Leningradi_Edasi_toimetus, lk 194
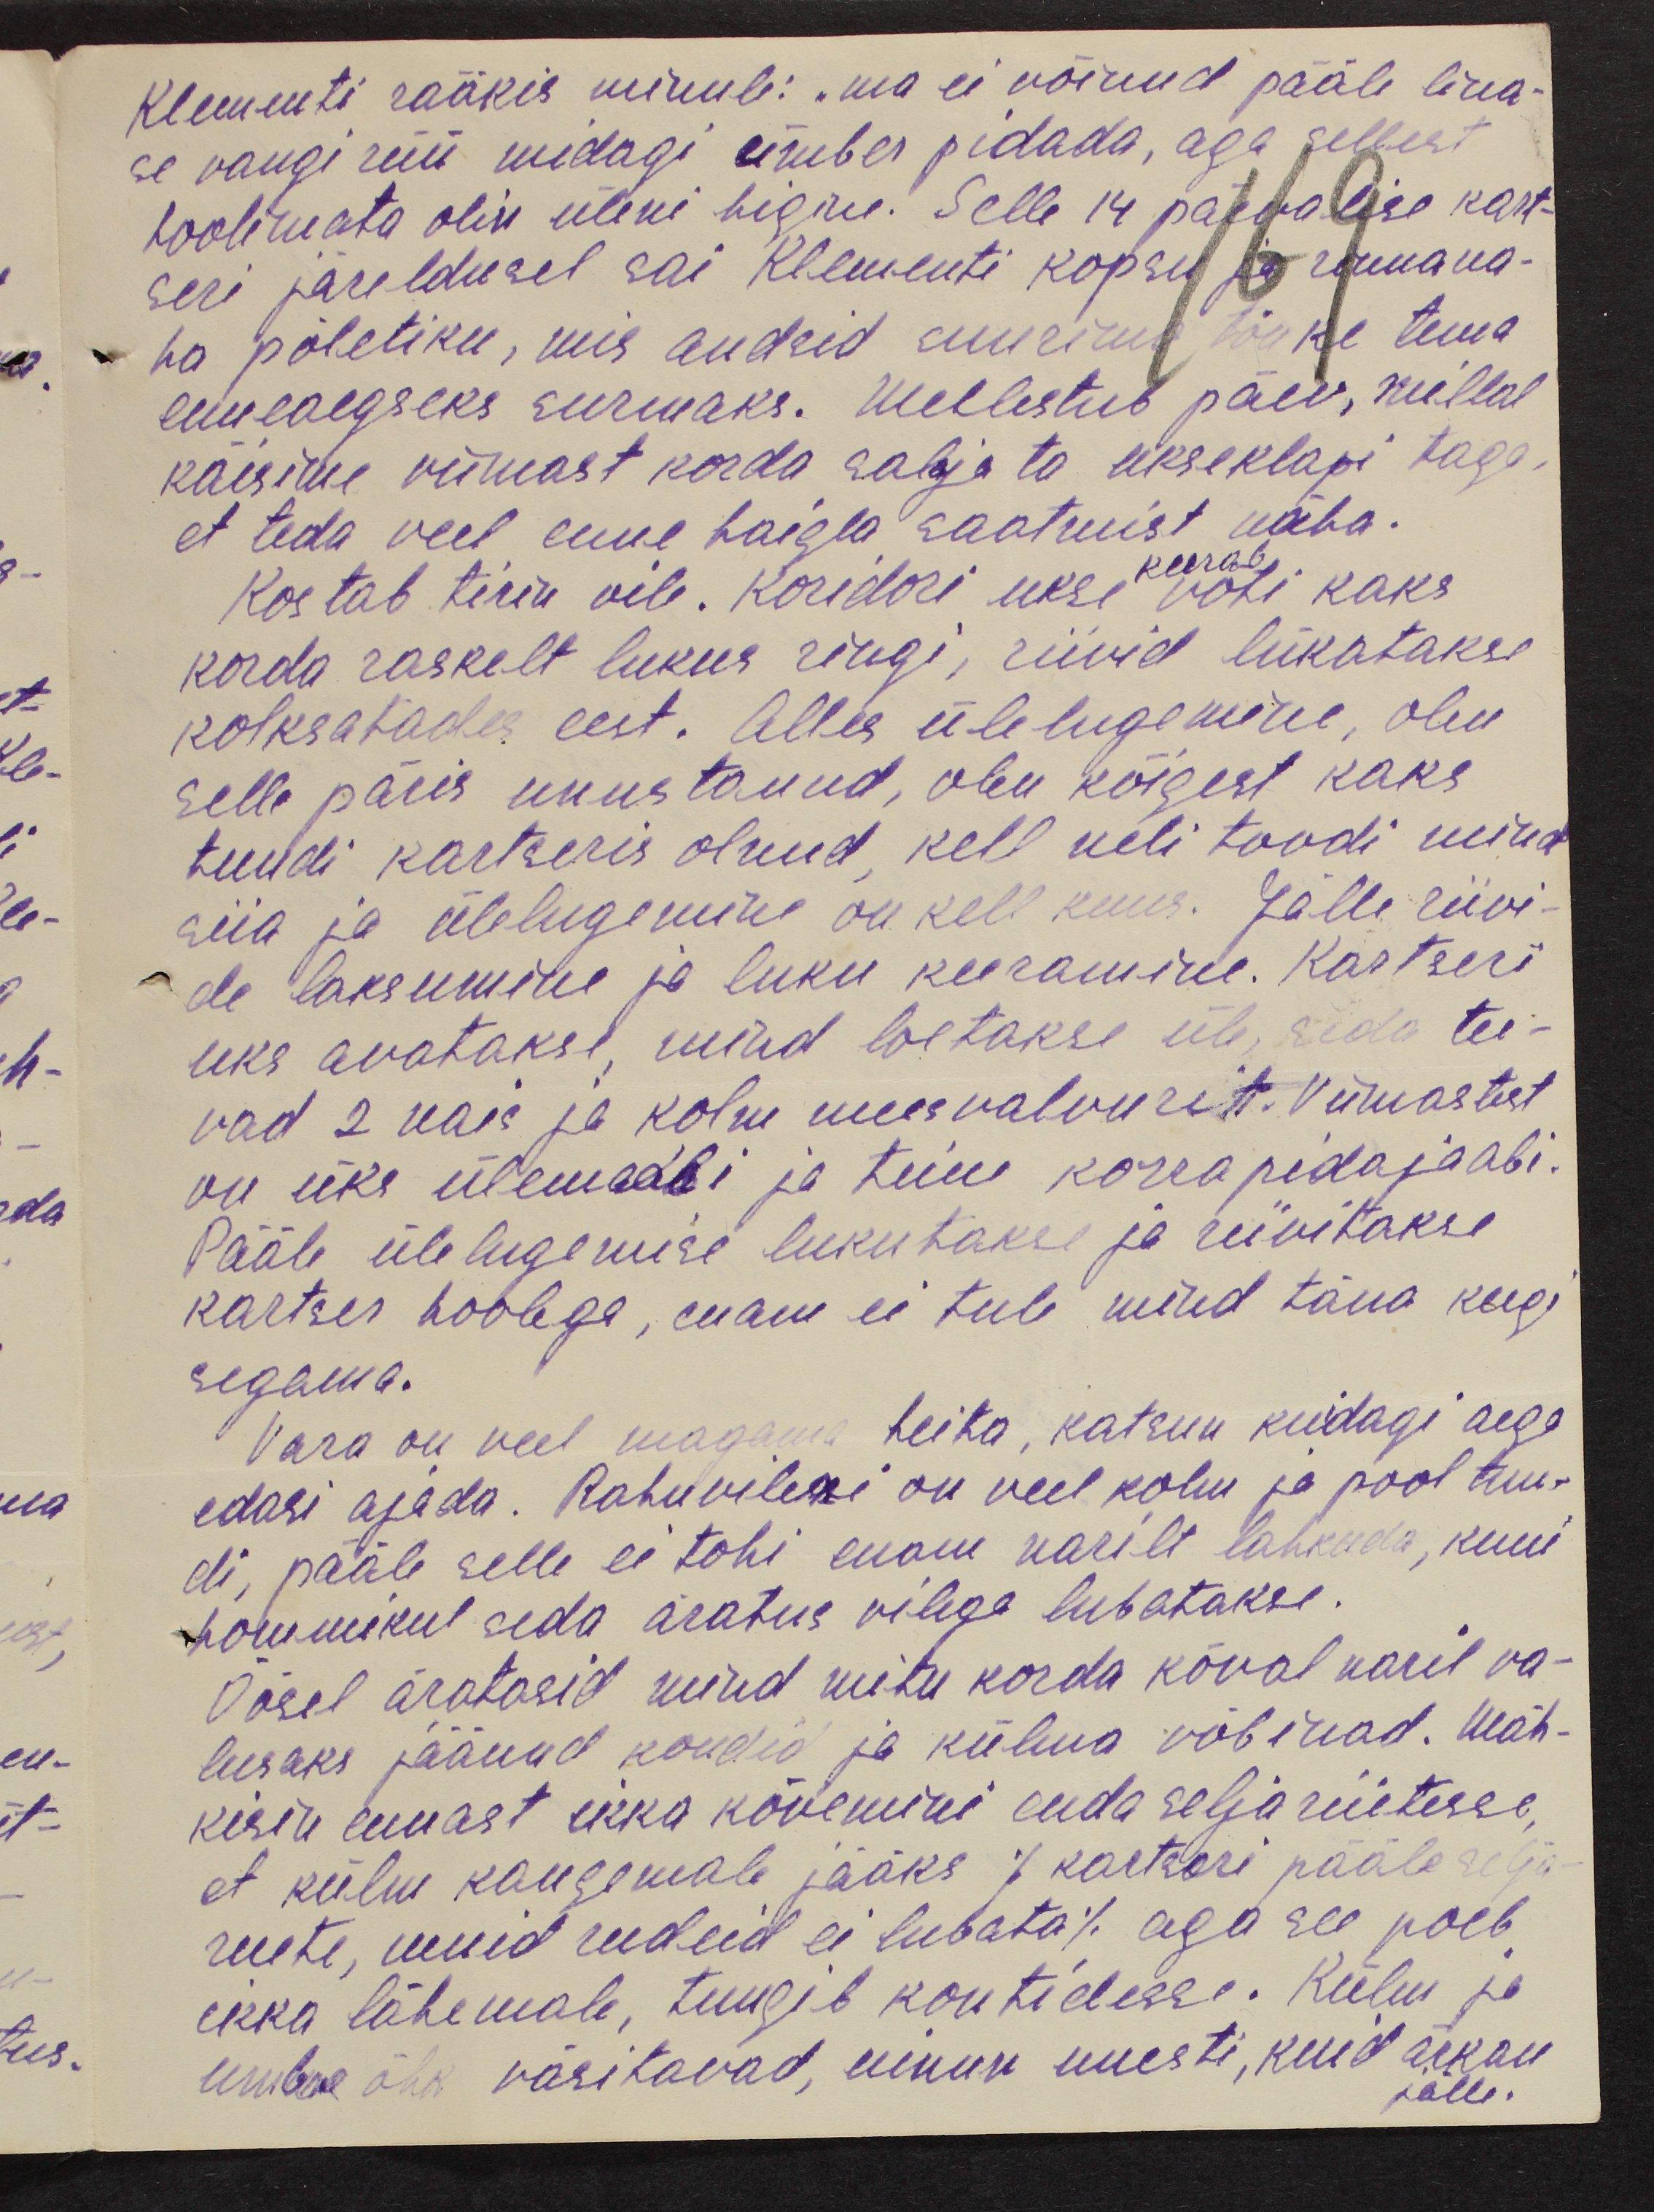
Klementi rääkis minule: „ma ei võinud pääle lina-
se vangi rüü midagi ümber pidada, aga sellest
hoolimata olin üleni higine. Selle 14 päevalise kart-
seri järeldusel sai Klementi kopsu ja rinnana-
ha põletiku, mis andsid suurima tõuke tema
uueaegseks surmaks. Meelestub päev, millal
käisime viimast korda salaja ta ukseklapi taga,
et teda veel enne haigla saatmist näha.
Kostab tirin vile. Koridori ukse võti kaks
korda raskelt lukus ringi, riivid lükatakse
kolksatades eest. Alles ülelugemine, olen
selle päris unustanud, olen kõigest kaks
tundi kartseris olnud, kell neli toodi mind
siia ja ülelugemine on kell kuus. Jälle riivi-
de laksumine ja luku keeramine. Kartseri
uks avatakse, mind loetakse üle, seda tee-
vad 2 nais ja kolm meesvalvurit. Viimastest
on üks ülemaabi ja teine korrapidajaabi.
Pääle üle lugemise lukutakse ja riivitakse
kartses hoolega, enam ei tule mind täna keegi
segama.
Vara on veel magama heita, katsun kuidagi aega
edasi ajada. Rahuvileni on veel kolm ja pool tun-
di, pääle selle ei tohi enam narilt lahkuda, kuni
hommikul seda äratus vilega lubatakse.
Öösel äratasid mind mitu korda kõval naril va-
lusaks jäänud kondid ja külma võbinad. Mäh-
kisin ennast ikka kõvemini enda seljariietesse,
et külm kaugemale jääks / kartseri pääle selja-
riiete, muid riideid ei lubata/ aga see poeb
ikka lähemale, tungib kontidesse. Külm ja
umbne õhk väsitavad, uinun uuesti, kuid ärkan
jälle.